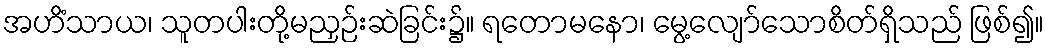
အဟိံသာယ၊ သူတပါးတို့မညှဉ်းဆဲခြင်း၌။ ရတောမနော၊ မွေ့လျော်သောစိတ်ရှိသည် ဖြစ်၍။